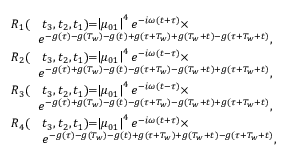
\begin{array} { r l } { R _ { 1 } ( } & { t _ { 3 } , t _ { 2 } , t _ { 1 } ) \! \! = \! \! \left| \mu _ { 0 1 } \right| ^ { 4 } e ^ { - i \omega ( t + \tau ) } \times } \\ { \! \! } & { \! \! e ^ { - g ( \tau ) - g ( T _ { w } ) - g ( t ) + g ( \tau + T _ { w } ) + g ( T _ { w } + t ) - g ( \tau + T _ { w } + t ) } , } \\ { R _ { 2 } ( } & { t _ { 3 } , t _ { 2 } , t _ { 1 } ) \! \! = \! \! \left| \mu _ { 0 1 } \right| ^ { 4 } e ^ { - i \omega ( t - \tau ) } \times } \\ { \! \! } & { \! \! e ^ { - g ( \tau ) + g ( T _ { w } ) - g ( t ) - g ( \tau + T _ { w } ) - g ( T _ { w } + t ) + g ( \tau + T _ { w } + t ) } , } \\ { R _ { 3 } ( } & { t _ { 3 } , t _ { 2 } , t _ { 1 } ) \! \! = \! \! \left| \mu _ { 0 1 } \right| ^ { 4 } e ^ { - i \omega ( t - \tau ) } \times } \\ { \! \! } & { \! \! e ^ { - g ( \tau ) + g ( T _ { w } ) - g ( t ) - g ( \tau + T _ { w } ) - g ( T _ { w } + t ) + g ( \tau + T _ { w } + t ) } , } \\ { R _ { 4 } ( } & { t _ { 3 } , t _ { 2 } , t _ { 1 } ) \! \! = \! \! \left| \mu _ { 0 1 } \right| ^ { 4 } e ^ { - i \omega ( t + \tau ) } \times } \\ & { e ^ { - g ( \tau ) - g ( T _ { w } ) - g ( t ) + g ( \tau + T _ { w } ) + g ( T _ { w } + t ) - g ( \tau + T _ { w } + t ) } , } \end{array}